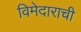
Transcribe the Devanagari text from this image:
विमेदाराची